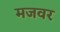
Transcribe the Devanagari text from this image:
मजवर